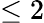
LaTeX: \leq 2